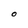
Character: O